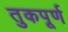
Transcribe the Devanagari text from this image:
तुकपूर्ण